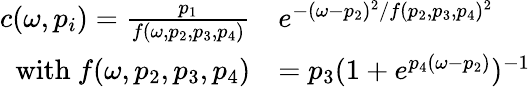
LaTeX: \begin{array}{rl}{c(\omega,p_{i})=\frac{p_{1}}{f(\omega,p_{2},p_{3},p_{4})}}&{e^{-(\omega-p_{2})^{2}/f(p_{2},p_{3},p_{4})^{2}}}\\ {\mathrm{with}~f(\omega,p_{2},p_{3},p_{4})}&{=p_{3}(1+e^{p_{4}(\omega-p_{2})})^{-1}}\end{array}